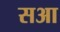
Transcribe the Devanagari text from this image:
सआ